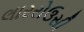
લારરોઉસી